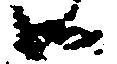
御